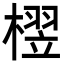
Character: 𬄘